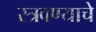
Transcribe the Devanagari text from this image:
स्त्रवण्याचे